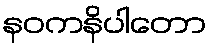
နဝကနိပါတော